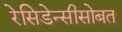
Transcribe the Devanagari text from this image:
रेसिडेन्सीसोबत